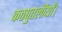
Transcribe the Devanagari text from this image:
कठपुतलीयाँ।